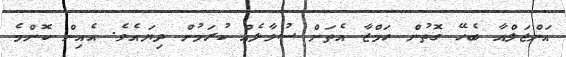
އަންޖަލްއާ ބެހޭ ގޮތުން ހަމްޒާ އެތަށް ސުވާލެއް ކުރަމުން ދިޔައެވެ. އެއިން ކޮންމެ